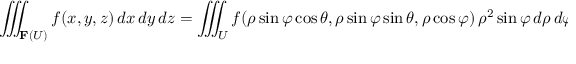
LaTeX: \iiint _ { \mathbf { F } ( U ) } f ( x , y , z ) \, d x \, d y \, d z = \iiint _ { U } f ( \rho \sin \varphi \cos \theta , \rho \sin \varphi \sin \theta , \rho \cos \varphi ) \, \rho ^ { 2 } \sin \varphi \, d \rho \, d \varphi \, d \theta .